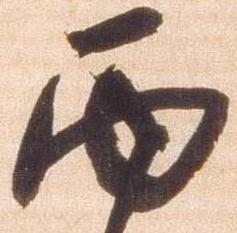
面